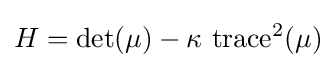
H=\det(\mu )-\kappa \,\operatorname {trace} ^{2}(\mu )